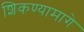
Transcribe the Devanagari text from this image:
शिकण्यामागे